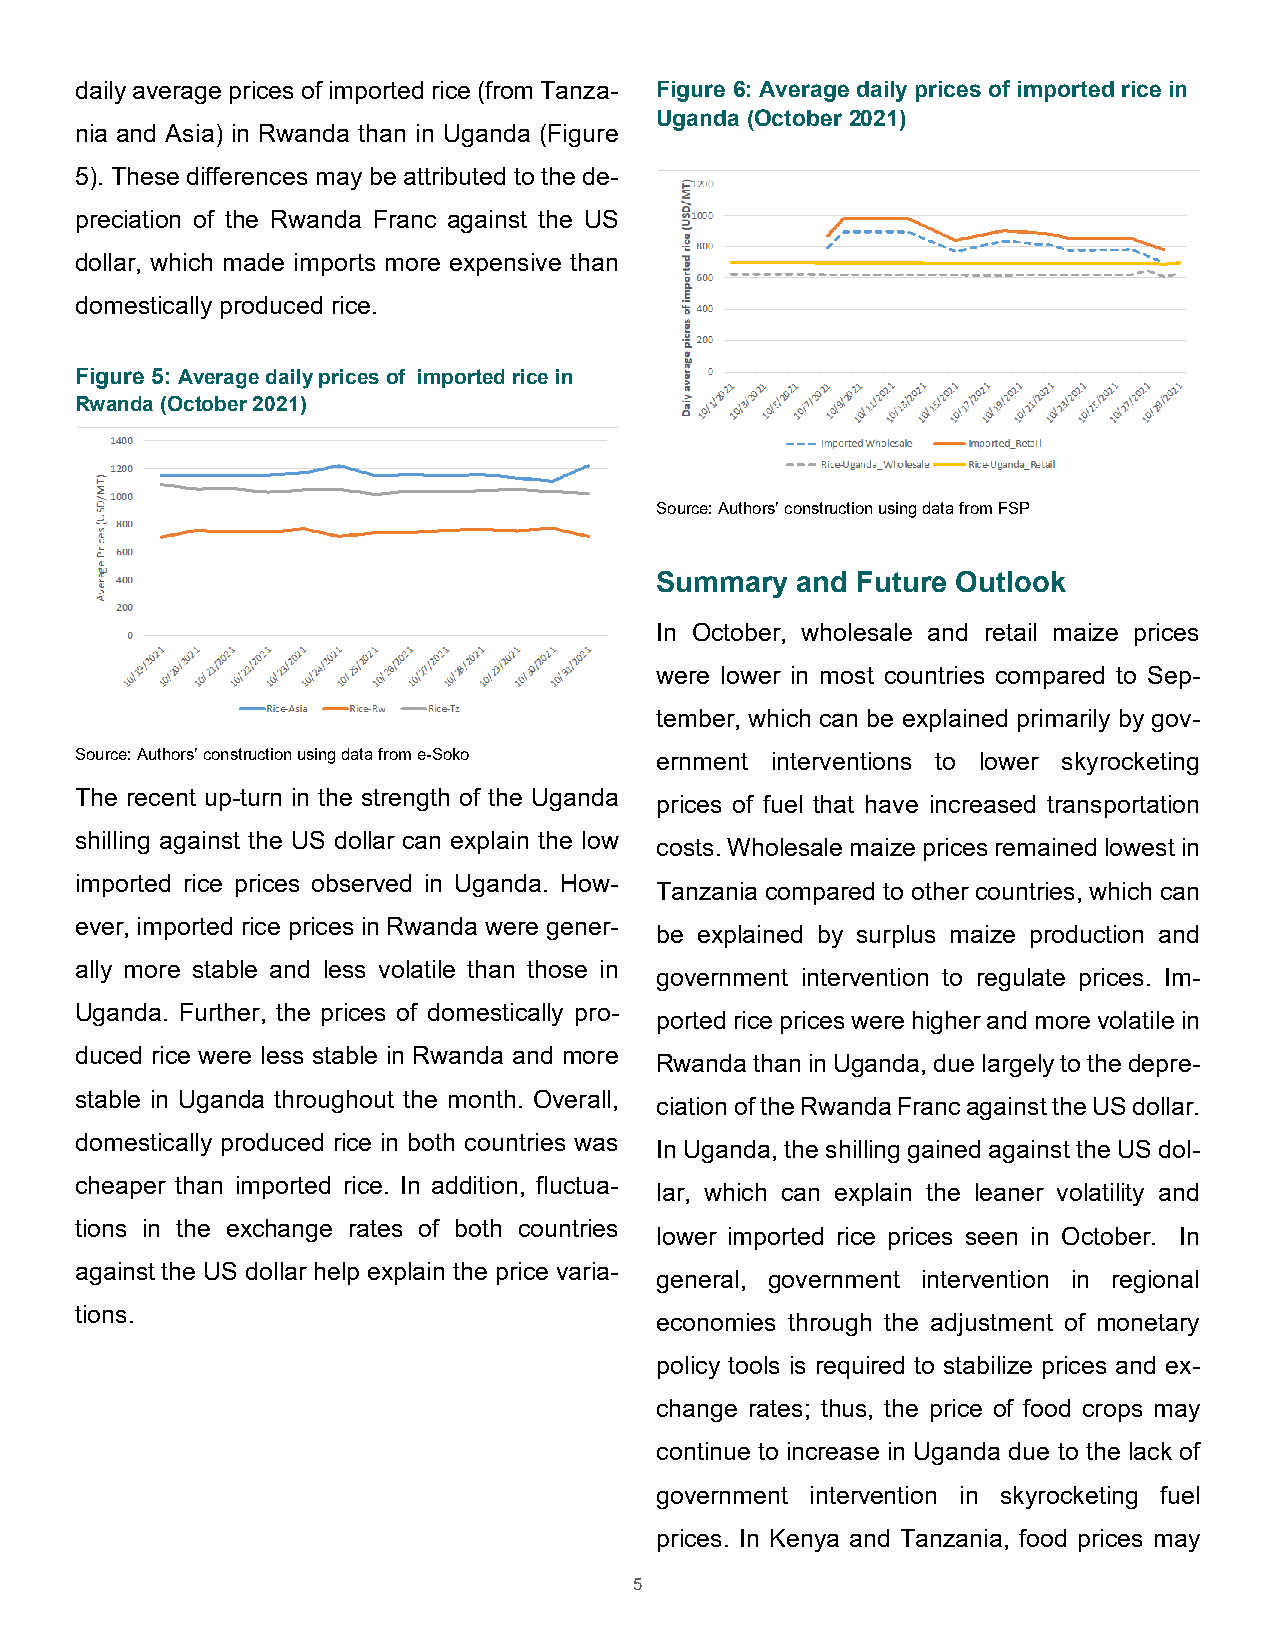
daily average prices of imported rice (from Tanza- Figure 6: Average daily prices of imported rice in
 Uganda (October 2021)
 nia and Asia) in Rwanda than in Uganda (Figure
 5). These differences may be attributed to the de-
 preciation of the Rwanda Franc against the US
 dollar, which made imports more expensive than
 domestically produced rice.
 Figure 5: Average daily prices of imported rice in
 Rwanda (October 2021)
 Source: Authors’ construction using data from FSP
 Summary   and Future Outlook
 In October, wholesale and retail maize prices
 were lower in most countries compared to Sep-
 tember, which can be explained primarily by gov-
 Source: Authors’ construction using data from e-Soko ernment interventions to lower skyrocketing
 The recent up-turn in the strength of the Uganda
 prices of fuel that have increased transportation
 shilling against the US dollar can explain the low
 costs. Wholesale maize prices remained lowest in
 imported rice prices observed in Uganda. How-
 Tanzania compared to other countries, which can
 ever, imported rice prices in Rwanda were gener-
 be explained by surplus maize production and
 ally more stable and less volatile than those in
 government intervention to regulate prices. Im-
 Uganda. Further, the prices of domestically pro-
 ported rice prices were higher and more volatile in
 duced rice were less stable in Rwanda and more
 Rwanda than in Uganda, due largely to the depre-
 stable in Uganda throughout the month. Overall,
 ciation of the Rwanda Franc against the US dollar.
 domestically produced rice in both countries was
 In Uganda, the shilling gained against the US dol-
 cheaper than imported rice. In addition, fluctua-
 lar, which can explain the leaner volatility and
 tions in the exchange rates of both countries
 lower imported rice prices seen in October. In
 against the US dollar help explain the price varia-
 general, government intervention in regional
 tions.
 economies through the adjustment of monetary
 policy tools is required to stabilize prices and ex-
 change rates; thus, the price of food crops may
 continue to increase in Uganda due to the lack of
 government intervention in skyrocketing fuel
 prices. In Kenya and Tanzania, food prices may
 5